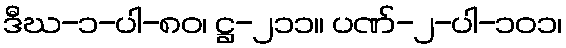
ဒီဃ-၁-ပါ-၈၀၊ ဋ္ဌ-၂၁၁။ ပဏ်-၂-ပါ-၁၀၁၊